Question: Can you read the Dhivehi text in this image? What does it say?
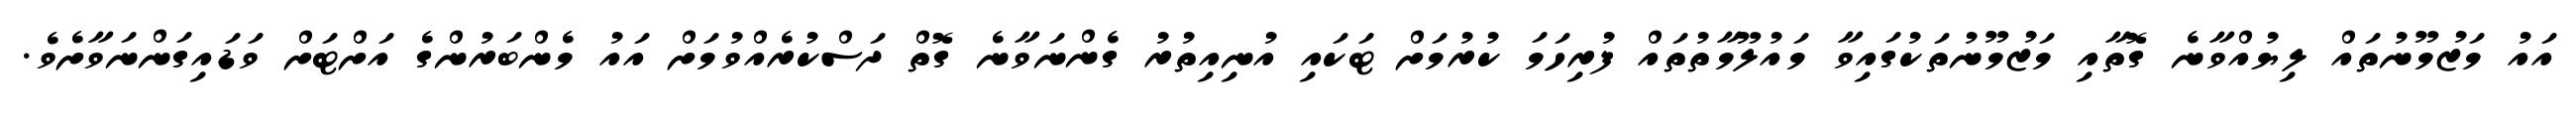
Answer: އައު މަޒުމޫނުތައް ލިޔުއްވާނެ ގޮތާއި މަޒުމޫނުތަކުގައިވާ މައުލޫމާތުތައް ފުރިހަމަ ކުރުމަށް ޓަކައި އުނިއިތުރު ގެންނަވާނެ ގޮތް ދަސްކުރެއްވުމަށް އައު މެންބަރުންގެ އަށްޓަށް ވަޑައިގަންނަވާށެވެ.